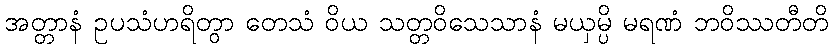
အတ္တာနံ ဥပသံဟရိတွာ တေသံ ဝိယ သတ္တဝိသေသာနံ မယှမ္ပိ မရဏံ ဘဝိဿတီတိ